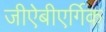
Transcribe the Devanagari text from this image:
जीऐबीएर्गिक